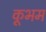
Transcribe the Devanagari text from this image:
कूभम